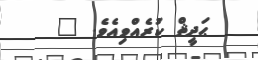
ޙަދީޘް ކުރެއްވިއެވެ. "